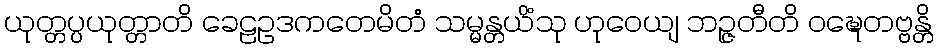
ယုတ္တပ္ပယုတ္တာတိ ခေဠဥဒကတေမိတံ သမ္မန္တယိံသု ဟုဝေယျ ဘဉ္ဇတီတိ ဝဍ္ဎေတဗ္ဗန္တိ